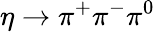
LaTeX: \eta\rightarrow\pi^{+}\pi^{-}\pi^{0}